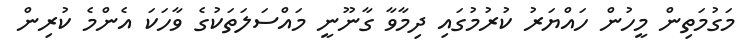
މަގުމަތިން މީހުން ހައްޔަރު ކުރުމުގައި ދިމާވާ ގާނޫނީ މައްސަލަތަކުގެ ވާހަކަ އެންމެ ކުރިން